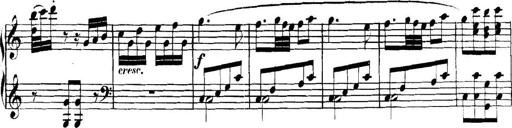
Title: Collected Piano Sonatas
Composer: Muzio Clementi